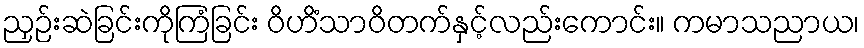
ညှဉ်းဆဲခြင်းကိုကြံခြင်း ဝိဟိံသာဝိတက်နှင့်လည်းကောင်း။ ကမာသညာယ၊